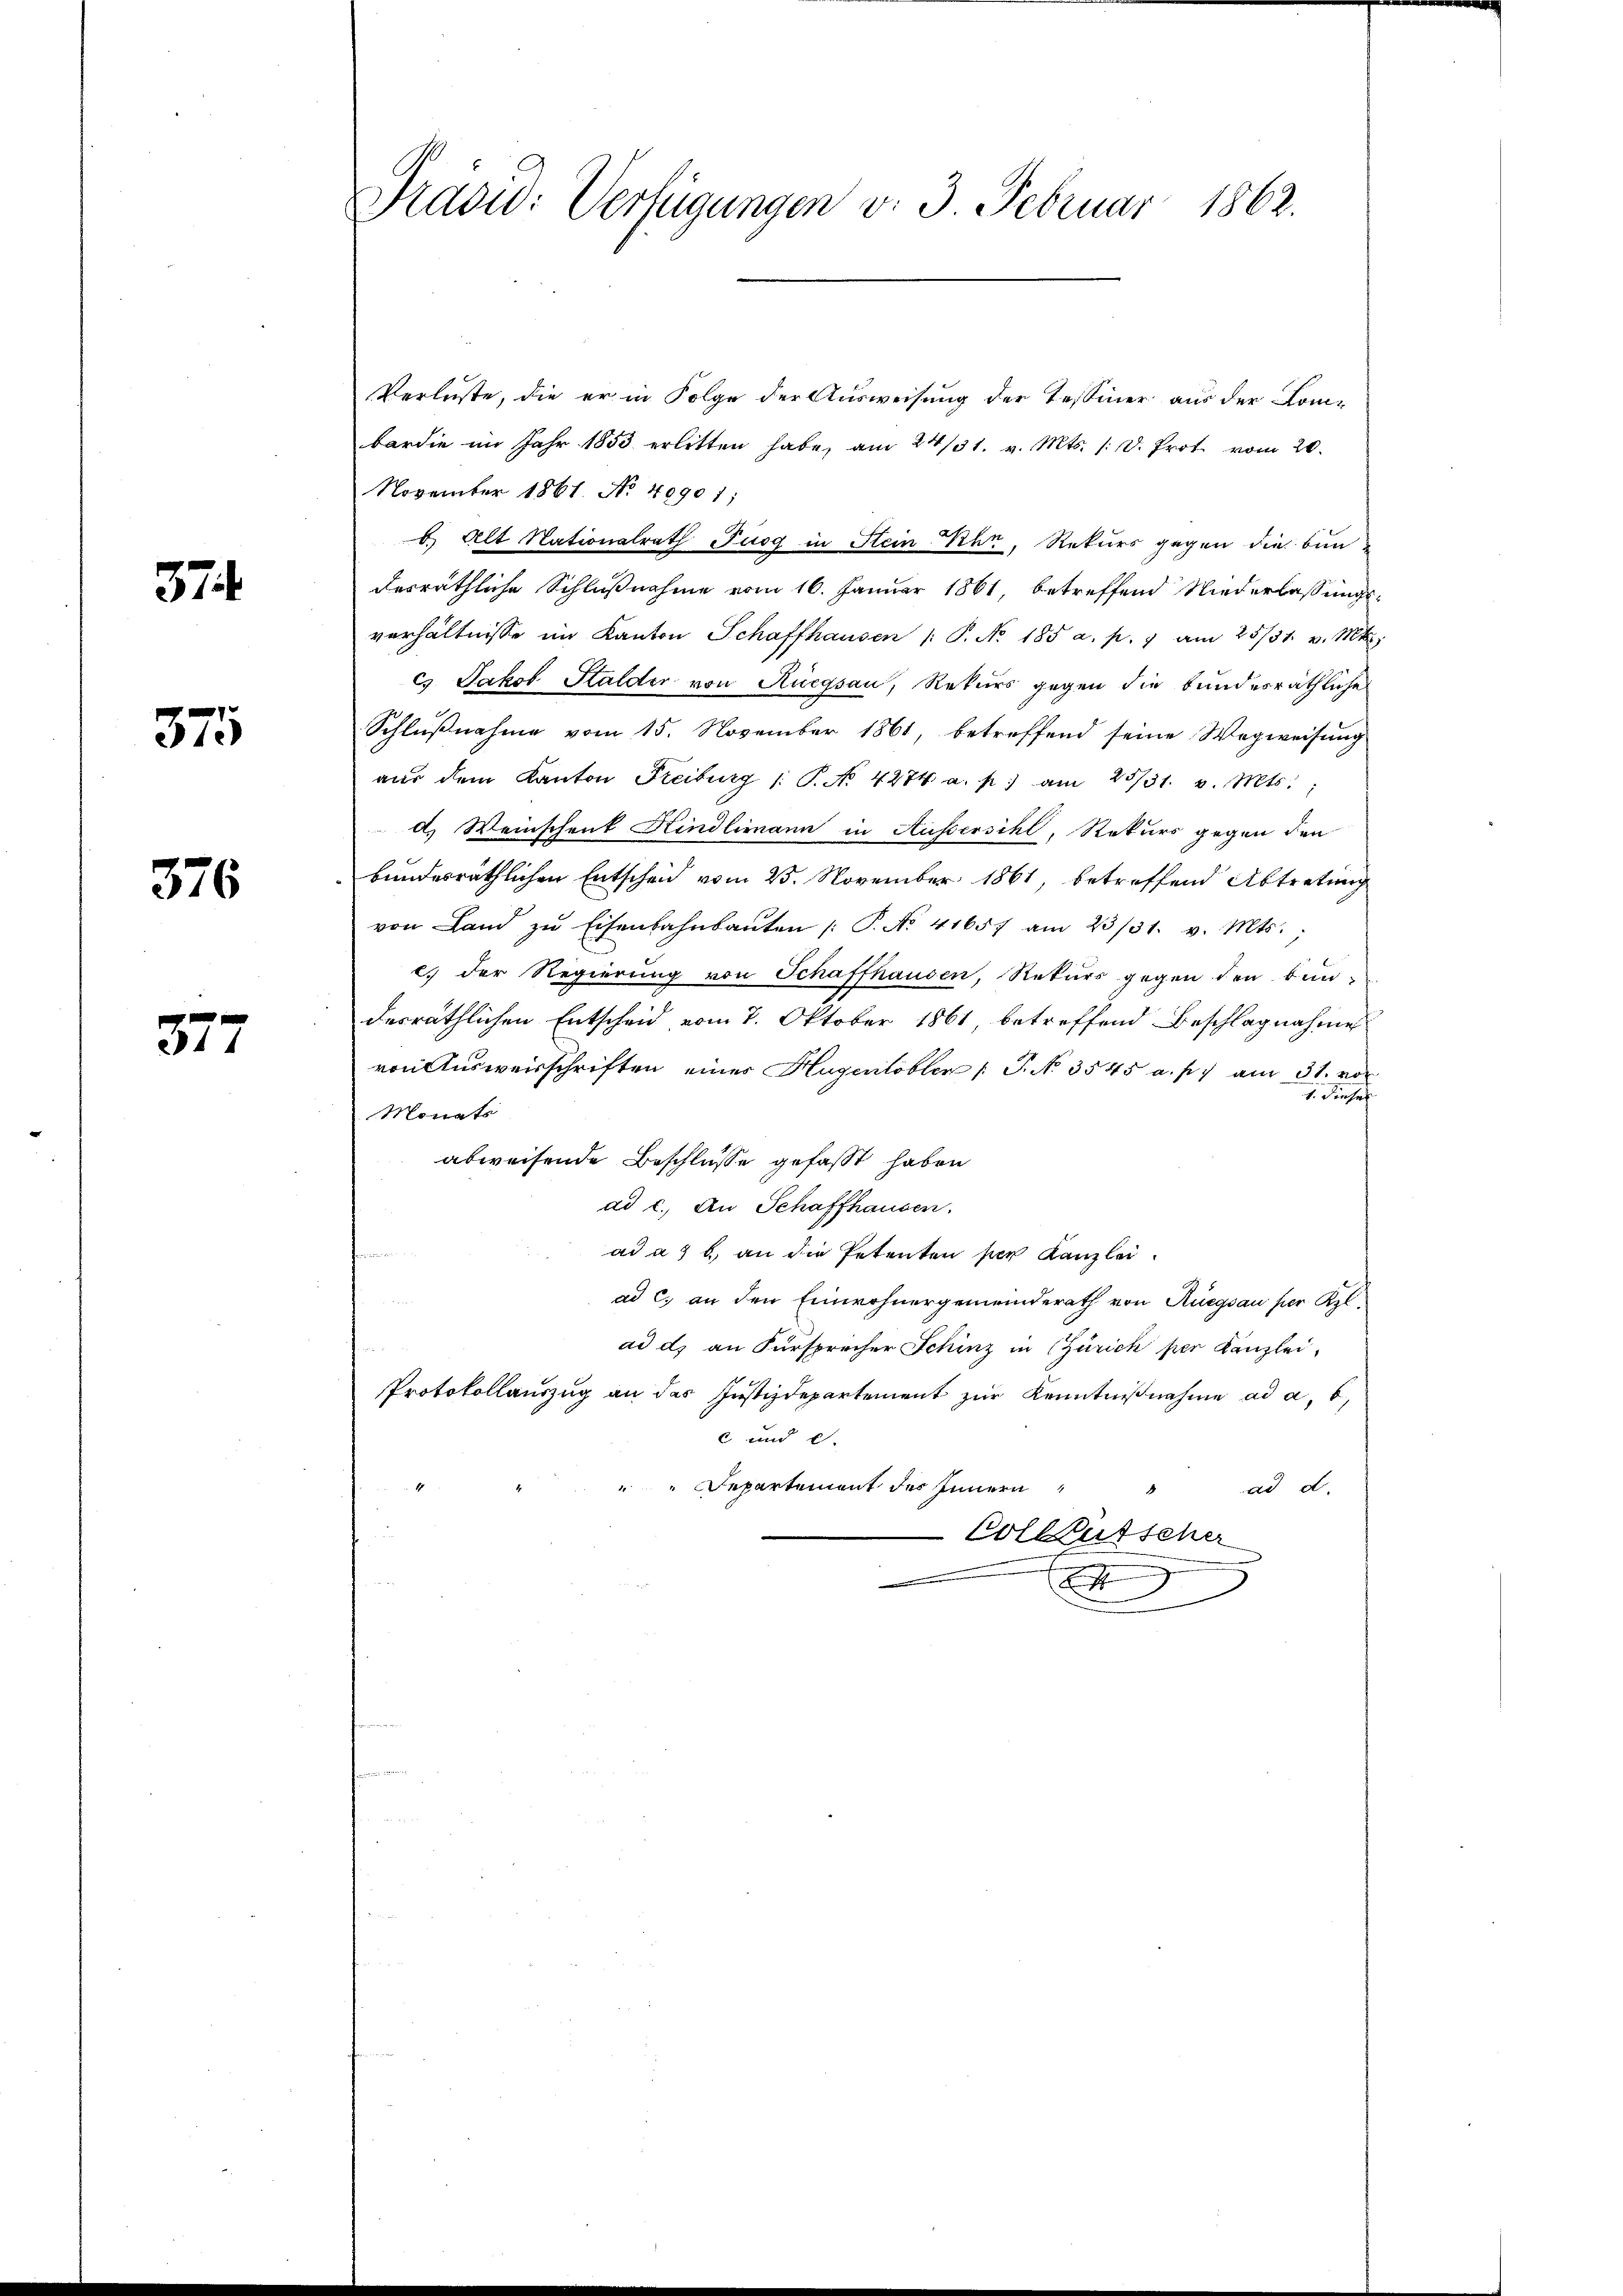
374

375

376

x
24

Präsid: Verfügungen v. 3. Februar 1862.

Verluste, die er in Folge der Ausweisung der Tessiner aus der Kom-
bardie im Jahr 1853 erlitten habe, am 24/31. v. Mts. /: d. Prot. vom 20.
November 1861. No. 40901;
b. Alt Nationalrath Fuog in Stein Khr, Rekurs gegen die bun
desräthliche Schlußnahme vom 16. Januar 1861, betreffend Niederlassungsverhältnisse im Kanton Schaffhausen /: P. No. 185 a. p. 1 am 25/31. v. Mts.
cs. Jakob Stalder von Rüegsau, Rekurs gegen die bundesräthliche
Schlußnahme vom 15. November 1861, betreffend seine Wegweisung
aus dem Kanton Freiburg /: P. No. 4274 a. p. am 25/31. v. Mts.
d. Weinschent Kindlimann in Aussersihl, Rekurs gegen den
bundesräthlichen Entscheid vom 25. November 1861, betreffend Abtretung
von Land zŭ Eisenbahnbaŭten /: P. No. 41657 am 23/31. v. Mts.,
c. der Regierung von Schaffhausen, Rekurs gegen den bun-
desräthlichen Entscheid vom 7. Oktober 1861, betreffend Beschlagnahme
von Ausweisschriften eines Hugentobler (T. No 3545 a. p. am 31. vor
1. Dieses
Monats
abweisende Beschlüsse gefasst haben
ad c. An Schaffhausen.
ad a. b. an die Petenten per Kanzlei.
ad c) an den Einwohnergemeinderath von Ruegsau per Kl.
ad d) an Fürsprecher Schinz in Zürich per Kanzlei,
Protokollauszug an das Justizdepartement zur Kenntnißnahme ad a, b,
c und c.
Departement des Innern
ad d.
Colkutscher
m
.
2